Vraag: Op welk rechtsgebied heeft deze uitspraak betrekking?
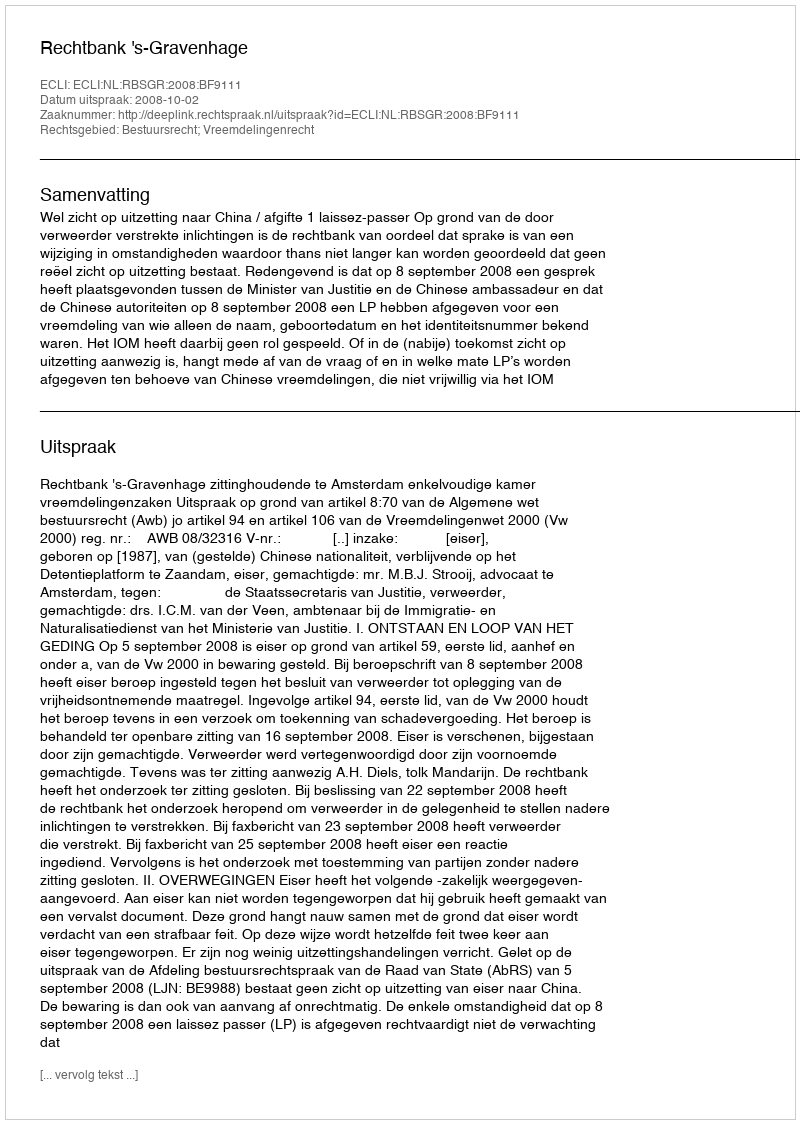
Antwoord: Bestuursrecht; Vreemdelingenrecht